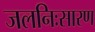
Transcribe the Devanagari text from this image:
जलनिःसारण